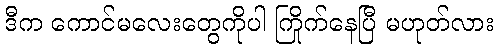
ဒီက ကောင်မလေးတွေကိုပါ ကြိုက်နေပြီ မဟုတ်လား